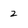
Character: 2